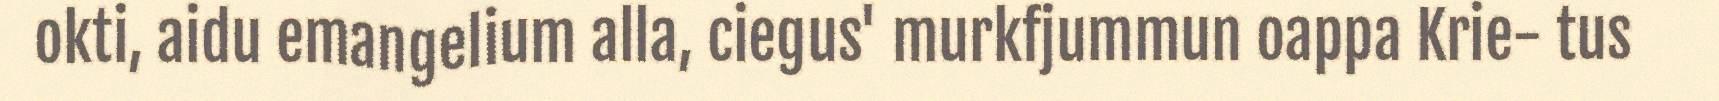
okti, aidu emangelium alla, ciegus' murkfjummun oappa Krie- tus